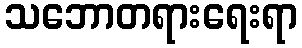
သဘောတရားရေးရာ